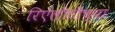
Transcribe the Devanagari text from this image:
रिऐलीटीच्या